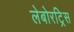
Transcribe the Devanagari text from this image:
लेबोरट्रिस